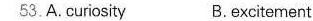
53.A curiosity B.Excitemant